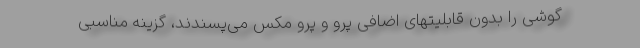
گوشی را بدون قابلیتهای اضافی پرو و پرو مکس می‌پسندند، گزینه مناسبی